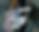
চ